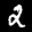
Label: 2